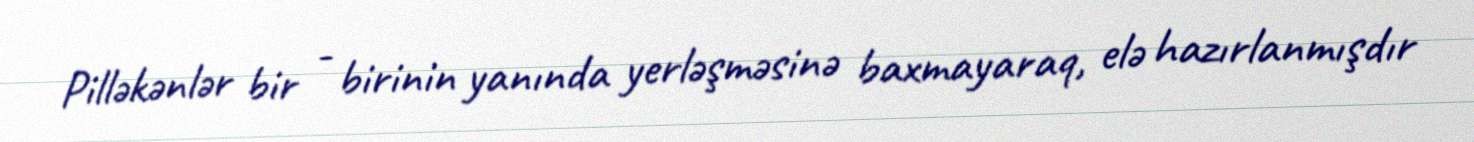
Pilləkənlər bir - birinin yanında yerləşməsinə baxmayaraq, elə hazırlanmışdır